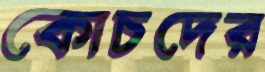
কোচদের